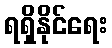
ရရှိနိုင်ရေး